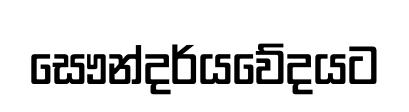
සෞන්දර්යවේදයට